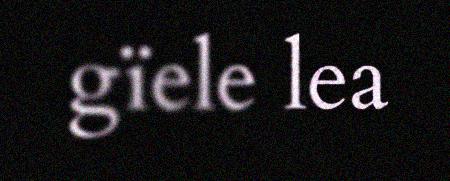
gïele lea